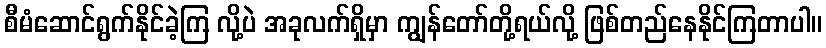
စီမံဆောင်ရွက်နိုင်ခဲ့ကြ လို့ပဲ အခုလက်ရှိမှာ ကျွန်တော်တို့ရယ်လို့ ဖြစ်တည်နေနိုင်ကြတာပါ။